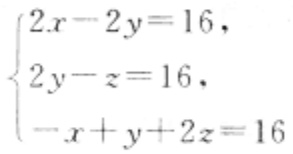
$\begin{cases}2x - 2y = 16,\\2y - z = 16,\\-x + y + 2z = 16\end{cases}$